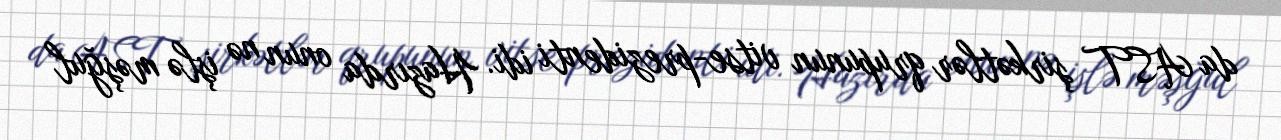
da AST şirkətlər qrupunun vitse-prezidenti idi. Hazırda onun nə işlə məşğul